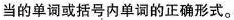
当的单词或括号内单词的正确形式。